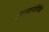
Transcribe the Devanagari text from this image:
हंगामशर्यतींपैकी